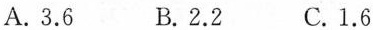
A.3.6 B.2.2 C.1.6